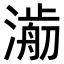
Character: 𣾥